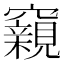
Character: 𥨾